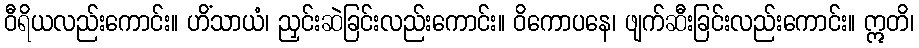
ဝီရိယလည်းကောင်း။ ဟိံသာယံ၊ ညှင်းဆဲခြင်းလည်းကောင်း။ ဝိကောပနေ၊ ဖျက်ဆီးခြင်းလည်းကောင်း။ ဣတိ၊